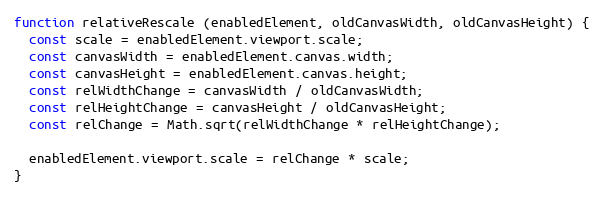
Language: JavaScript
function relativeRescale (enabledElement, oldCanvasWidth, oldCanvasHeight) {
  const scale = enabledElement.viewport.scale;
  const canvasWidth = enabledElement.canvas.width;
  const canvasHeight = enabledElement.canvas.height;
  const relWidthChange = canvasWidth / oldCanvasWidth;
  const relHeightChange = canvasHeight / oldCanvasHeight;
  const relChange = Math.sqrt(relWidthChange * relHeightChange);

  enabledElement.viewport.scale = relChange * scale;
}